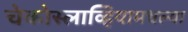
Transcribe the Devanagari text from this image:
चेकोस्लाव्हियामधल्या